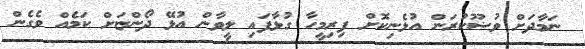
ނަމާދަށް ވުޟޫކުރަން އުޅެނިކޮށް ފިރިމީހާ ގުޅާފައި ލީވާން އުޅޭ ދޯންޏަށް ކަމެއް ވެގެން